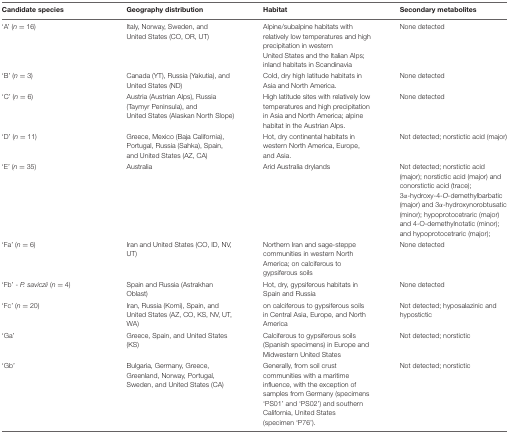
<table><thead><tr><td><b>Candidate species</b></td><td><b>Geography distribution</b></td><td><b>Habitat</b></td><td><b>Secondary metabolites</b></td></tr></thead><tbody><tr><td>‘A’ (<i>n</i> = 16)</td><td>Italy, Norway, Sweden, and United States (CO, OR, UT)</td><td>Alpine/subalpine habitats with relatively low temperatures and high precipitation in western United States and the Italian Alps; inland habitats in Scandinavia</td><td>None detected</td></tr><tr><td>‘B’ (<i>n</i> = 3)</td><td>Canada (YT), Russia (Yakutia), and United States (ND)</td><td>Cold, dry high latitude habitats in Asia and North America.</td><td>None detected</td></tr><tr><td>‘C’ (<i>n</i> = 6)</td><td>Austria (Austrian Alps), Russia (Taymyr Peninsula), and United States (Alaskan North Slope)</td><td>High latitude sites with relatively low temperatures and high precipitation in Asia and North America; alpine habitat in the Austrian Alps.</td><td>None detected</td></tr><tr><td>‘D’ (<i>n</i> = 11)</td><td>Greece, Mexico (Baja California), Portugal, Russia (Sahka), Spain, and United States (AZ, CA)</td><td>Hot, dry continental habitats in western North America, Europe, and Asia.</td><td>Not detected; norstictic acid (major)</td></tr><tr><td>‘E’ (<i>n</i> = 35)</td><td>Australia</td><td>Arid Australia drylands</td><td>Not detected; norstictic acid (major); norstictic acid (major) and conorstictic acid (trace); 3α-hydroxy-4-<i>O-</i>demethylbarbatic (major) and 3α-hydroxynorobtusatic (minor); hypoprotocetraric (major) and 4-O-demethylnotatic (minor); and hypoprotocetraric (major);</td></tr><tr><td>‘Fa’ (<i>n</i> = 6)</td><td>Iran and United States (CO, ID, NV, UT)</td><td>Northern Iran and sage-steppe communities in western North America; on calciferous to gypsiferous soils</td><td>None detected</td></tr><tr><td>‘Fb’ - <i>P. saviczii</i> (<i>n</i> = 4)</td><td>Spain and Russia (Astrakhan Oblast)</td><td>Hot, dry, gypsiferous habitats in Spain and Russia</td><td>None detected</td></tr><tr><td>‘Fc’ (<i>n</i> = 20)</td><td>Iran, Russia (Komi), Spain, and United States (AZ, CO, KS, NV, UT, WA)</td><td>on calciferous to gypsiferous soils in Central Asia, Europe, and North America</td><td>Not detected; hyposalazinic and hypostictic</td></tr><tr><td>‘Ga’</td><td>Greece, Spain, and United States (KS)</td><td>Calciferous to gypsiferous soils (Spanish specimens) in Europe and Midwestern United States</td><td>Not detected; norstictic</td></tr><tr><td>‘Gb’</td><td>Bulgaria, Germany, Greece, Greenland, Norway, Portugal, Sweden, and United States (CA)</td><td>Generally, from soil crust communities with a maritime influence, with the exception of samples from Germany (specimens ‘PS01’ and ‘PS02’) and southern California, United States (specimen ‘P76’).</td><td>Not detected; norstictic</td></tr></tbody></table>